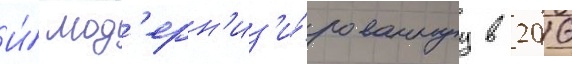
И́ мод'ерн'из'и́рованнуу в 2016